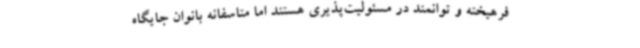
فرهیخته و توانمند در مسئولیت‌پذیری هستند اما متاسفانه بانوان جایگاه